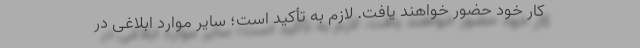
کار خود حضور خواهند یافت. لازم به تأکید است؛ سایر موارد ابلاغی در